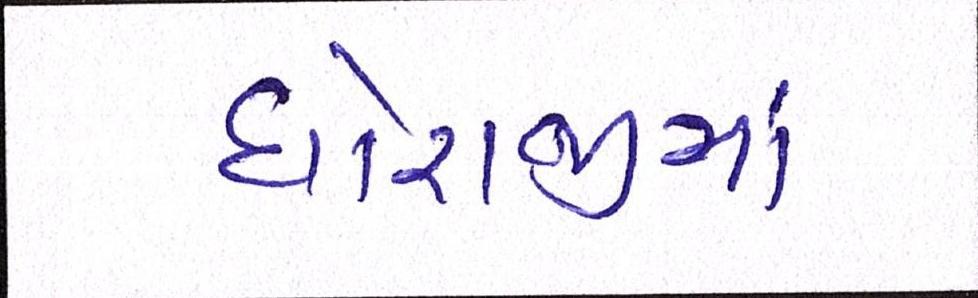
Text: ધોરાજીમાં